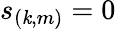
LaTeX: s_{(\mathit{k},m)}=0